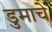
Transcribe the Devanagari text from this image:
डुमाचे